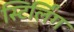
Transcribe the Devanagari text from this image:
स्टिर्लिंग